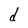
Character: d